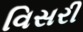
વિસરી